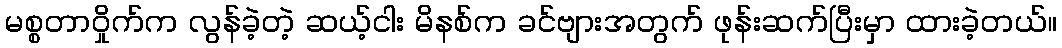
မစ္စတာဝှိုက်က လွန်ခဲ့တဲ့ ဆယ့်ငါး မိနစ်က ခင်ဗျားအတွက် ဖုန်းဆက်ပြီးမှာ ထားခဲ့တယ်။